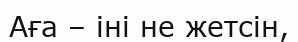
Аға – іні не жетсін,